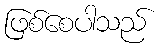
ဖြစ်စေပါသည်